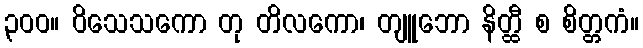
၃၀၀။ ဝိသေသကော တု တိလကော၊ တျူဘော နိတ္ထီ စ စိတ္တကံ။